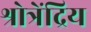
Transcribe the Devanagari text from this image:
श्रोत्रेंद्रिय